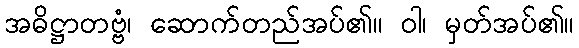
အဓိဋ္ဌာတဗ္ဗံ၊ ဆောက်တည်အပ်၏။ ဝါ၊ မှတ်အပ်၏။